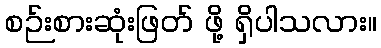
စဉ်းစားဆုံးဖြတ် ဖို့ ရှိပါသလား။